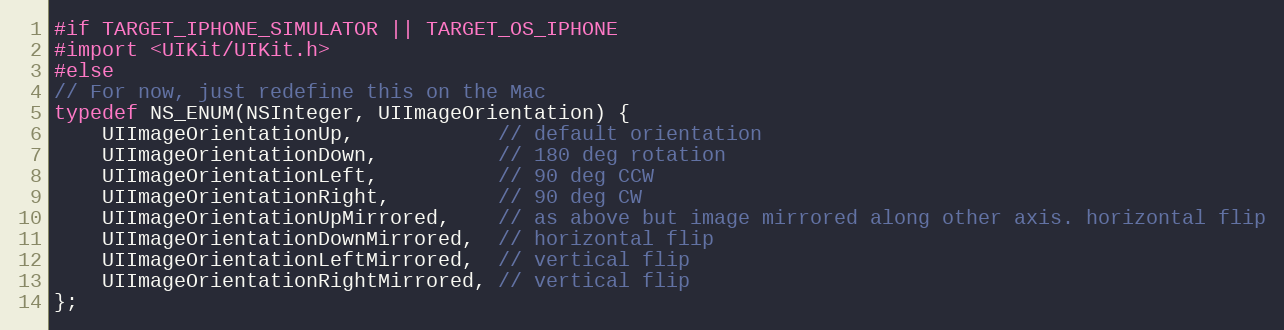
Language: C
#if TARGET_IPHONE_SIMULATOR || TARGET_OS_IPHONE
#import <UIKit/UIKit.h>
#else
// For now, just redefine this on the Mac
typedef NS_ENUM(NSInteger, UIImageOrientation) {
    UIImageOrientationUp,            // default orientation
    UIImageOrientationDown,          // 180 deg rotation
    UIImageOrientationLeft,          // 90 deg CCW
    UIImageOrientationRight,         // 90 deg CW
    UIImageOrientationUpMirrored,    // as above but image mirrored along other axis. horizontal flip
    UIImageOrientationDownMirrored,  // horizontal flip
    UIImageOrientationLeftMirrored,  // vertical flip
    UIImageOrientationRightMirrored, // vertical flip
};